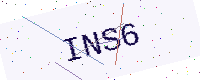
Text: INS6